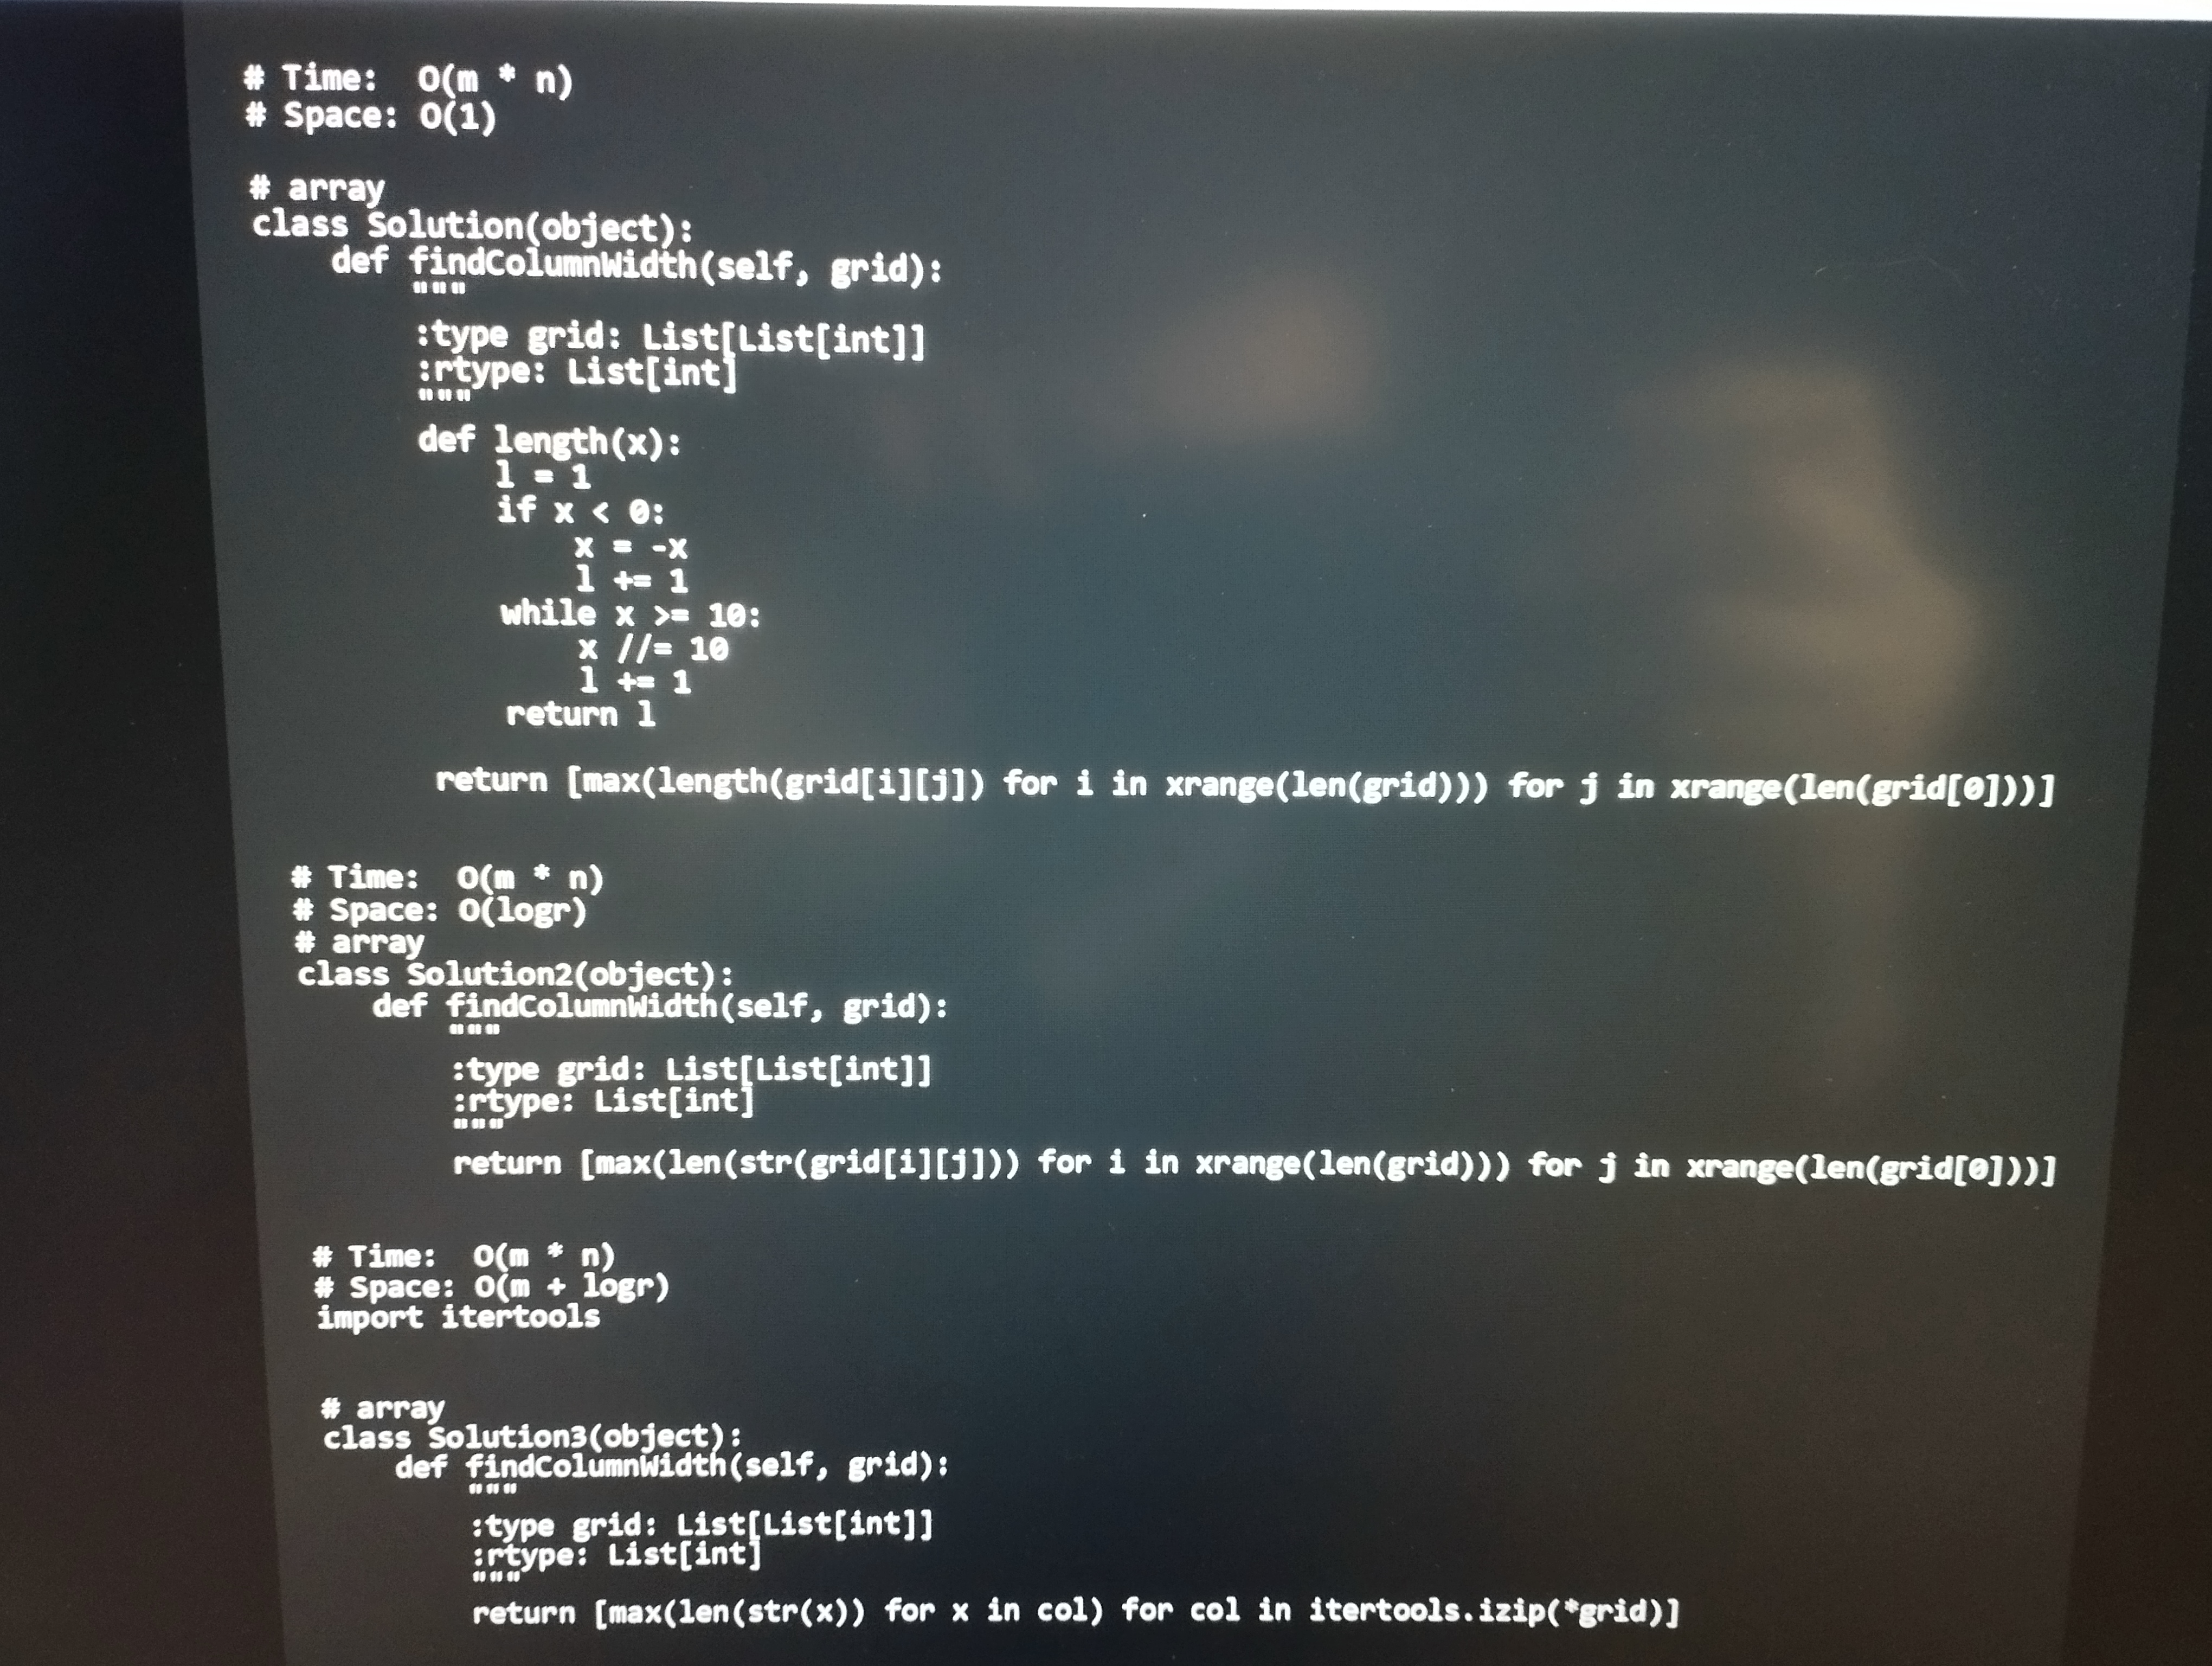
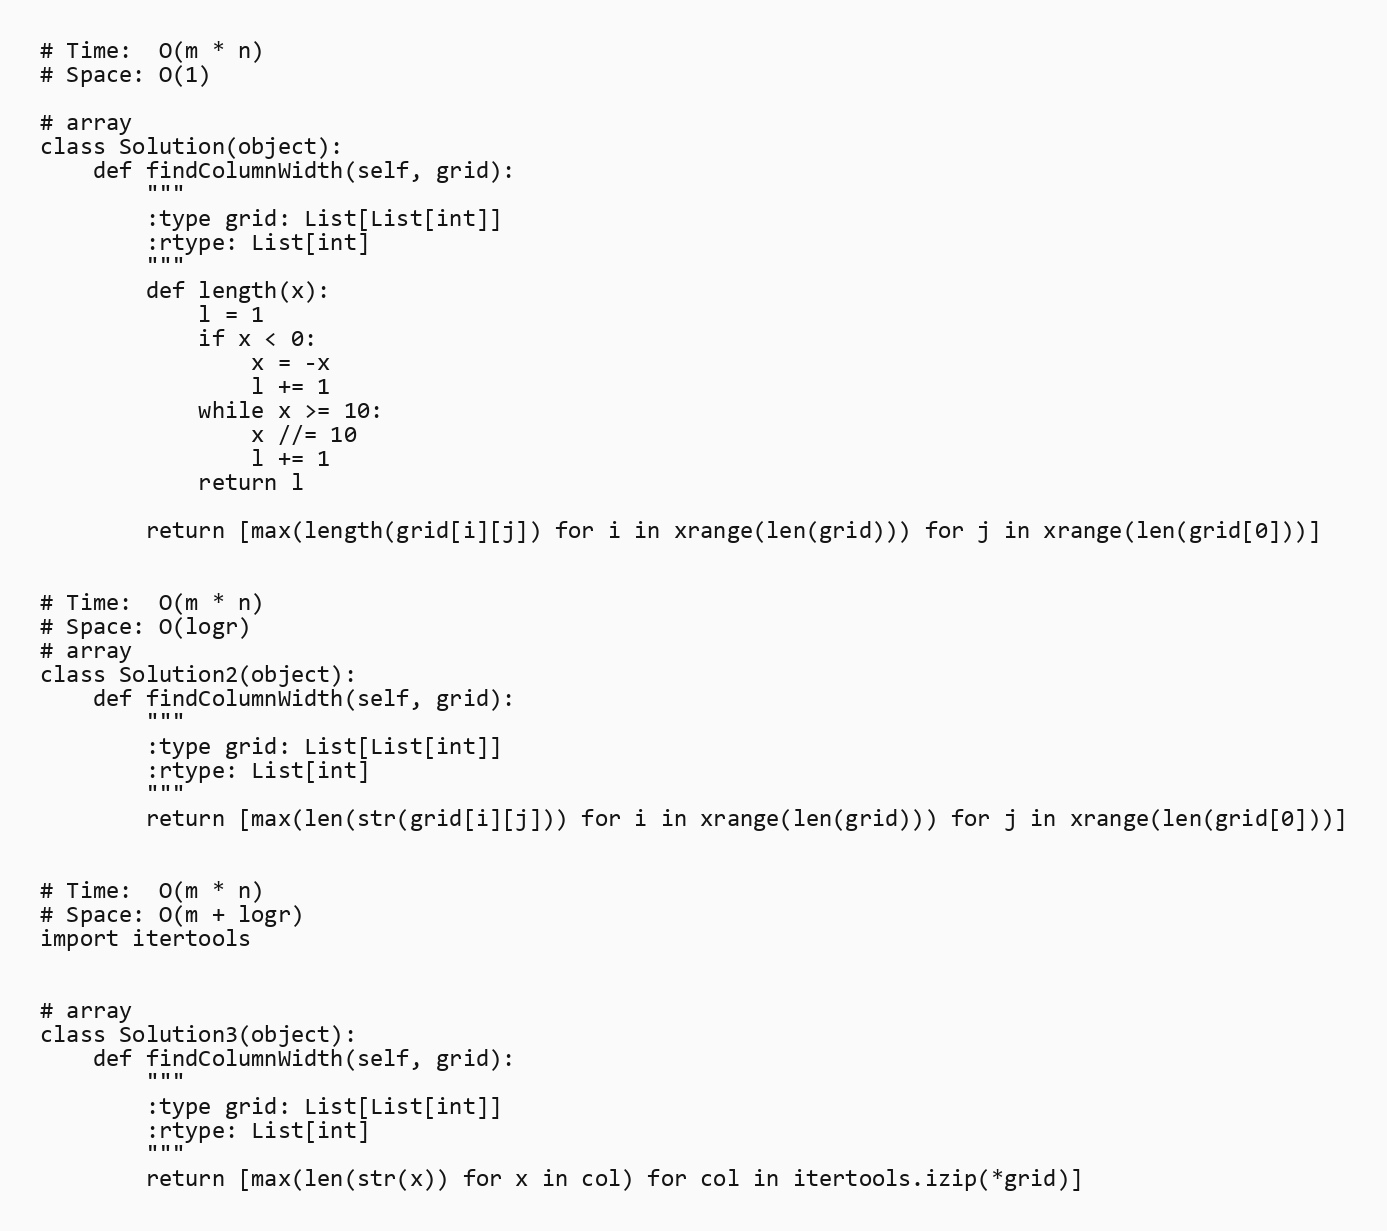
# Time:  O(m * n)
# Space: O(1)

# array
class Solution(object):
    def findColumnWidth(self, grid):
        """
        :type grid: List[List[int]]
        :rtype: List[int]
        """
        def length(x):
            l = 1
            if x < 0:
                x = -x
                l += 1
            while x >= 10:
                x //= 10
                l += 1
            return l

        return [max(length(grid[i][j]) for i in xrange(len(grid))) for j in xrange(len(grid[0]))]

# Time:  O(m * n)
# Space: O(logr)
# array
class Solution2(object):
    def findColumnWidth(self, grid):
        """
        :type grid: List[List[int]]
        :rtype: List[int]
        """
        return [max(len(str(grid[i][j])) for i in xrange(len(grid))) for j in xrange(len(grid[0]))]

# Time:  O(m * n)
# Space: O(m + logr)
import itertools

# array
class Solution3(object):
    def findColumnWidth(self, grid):
        """
        :type grid: List[List[int]]
        :rtype: List[int]
        """
        return [max(len(str(x)) for x in col) for col in itertools.izip(*grid)]